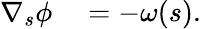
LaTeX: \begin{array}{rl}{\nabla_{s}\phi}&{{}=-\omega(s).}\end{array}